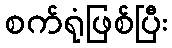
စက်ရုံဖြစ်ပြီး